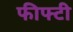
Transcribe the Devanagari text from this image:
फीफ्टी